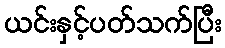
ယင်းနှင့်ပတ်သက်ပြီး